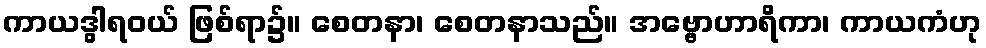
ကာယဒွါရဝယ် ဖြစ်ရာ၌။ စေတနာ၊ စေတနာသည်။ အဗ္ဗောဟာရိကာ၊ ကာယကံဟု